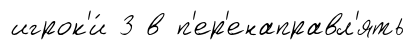
игрок'и́ 3 в п'ер'енаправл'ять